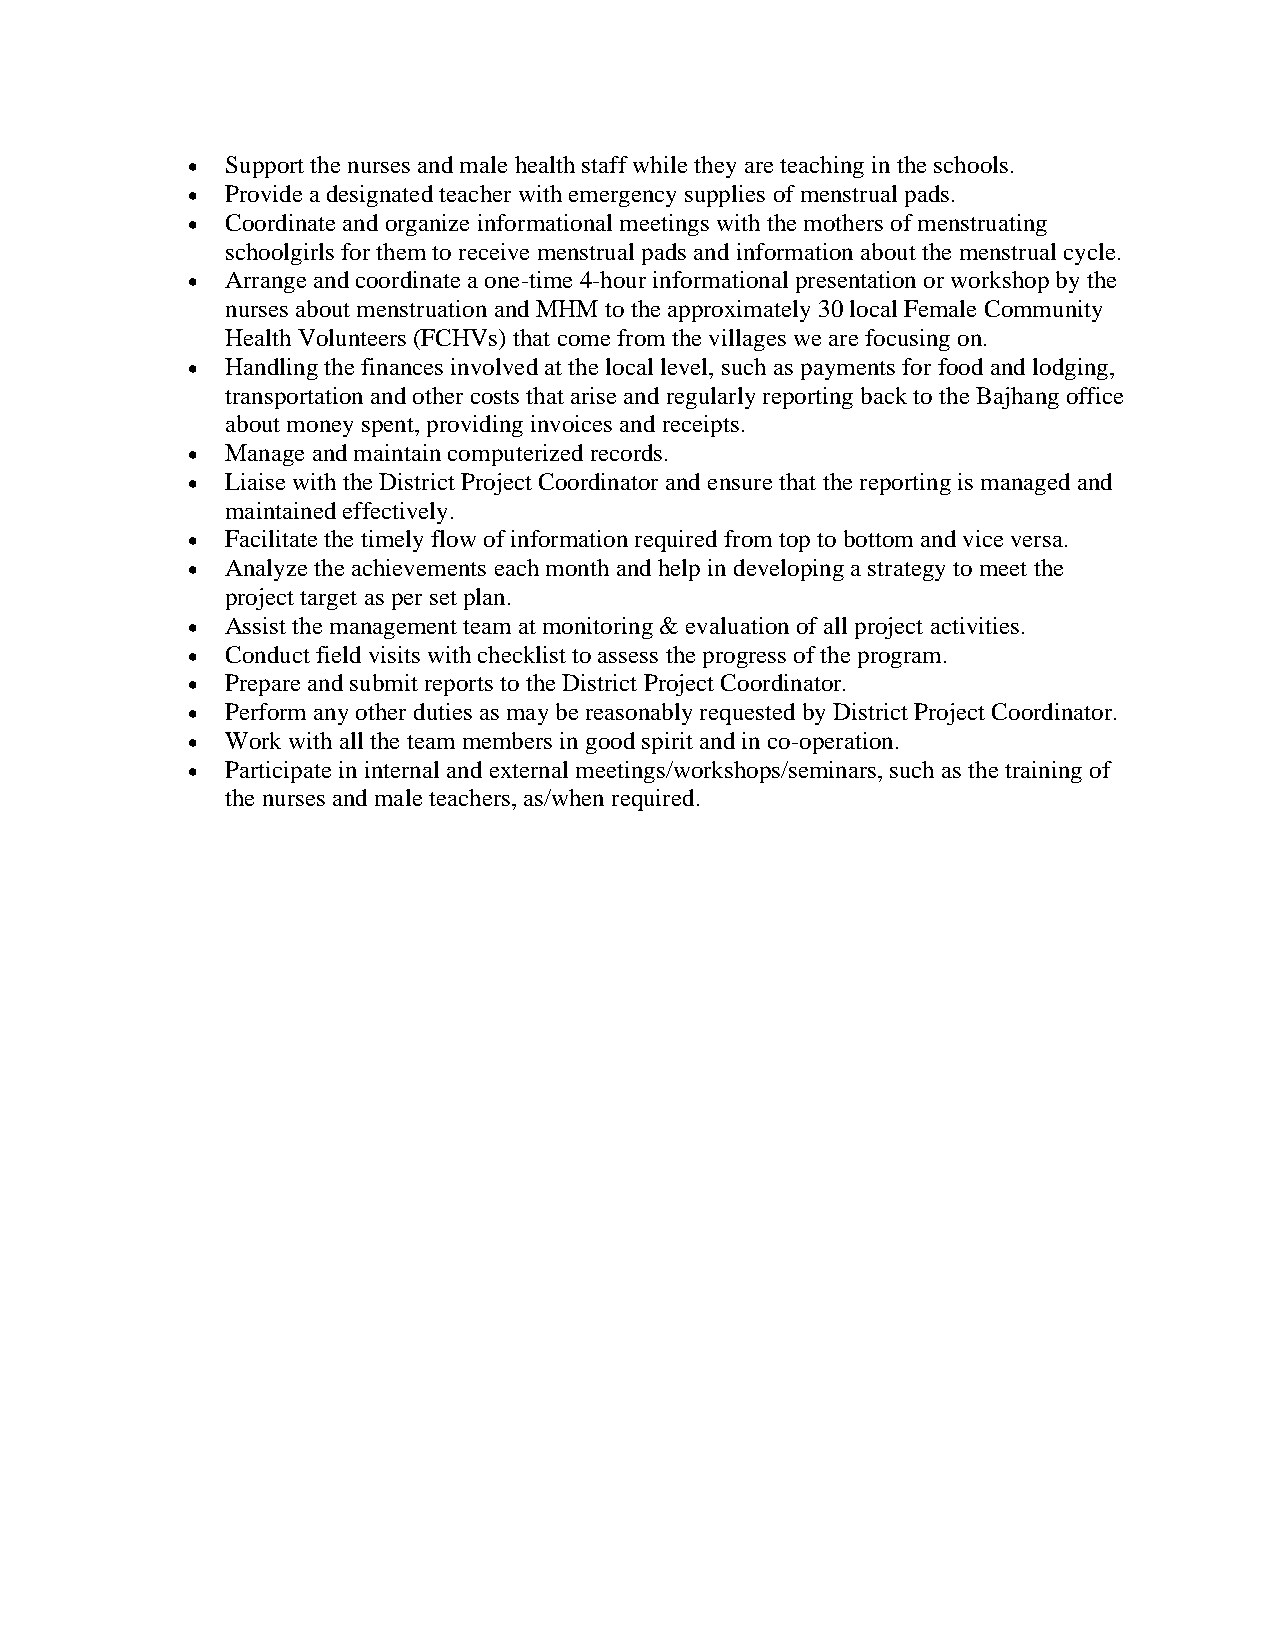
•  Support the nurses and male health staff while they are teaching in the schools.
 •  Provide a designated teacher with emergency supplies of menstrual pads.
 •  Coordinate and organize informational meetings with the mothers of menstruating
 schoolgirls for them to receive menstrual pads and information about the menstrual cycle.
 •  Arrange and coordinate a one-time 4-hour informational presentation or workshop by the
 nurses about menstruation and MHM to the approximately 30 local Female Community
 Health Volunteers (FCHVs) that come from the villages we are focusing on.
 •  Handling the finances involved at the local level, such as payments for food and lodging,
 transportation and other costs that arise and regularly reporting back to the Bajhang office
 about money spent, providing invoices and receipts.
 •  Manage and maintain computerized records.
 •  Liaise with the District Project Coordinator and ensure that the reporting is managed and
 maintained effectively.
 •  Facilitate the timely flow of information required from top to bottom and vice versa.
 •  Analyze the achievements each month and help in developing a strategy to meet the
 project target as per set plan.
 •  Assist the management team at monitoring & evaluation of all project activities.
 •  Conduct field visits with checklist to assess the progress of the program.
 •  Prepare and submit reports to the District Project Coordinator.
 •  Perform any other duties as may be reasonably requested by District Project Coordinator.
 •  Work with all the team members in good spirit and in co-operation.
 •  Participate in internal and external meetings/workshops/seminars, such as the training of
 the nurses and male teachers, as/when required.